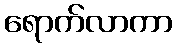
ရောက်လာကာ